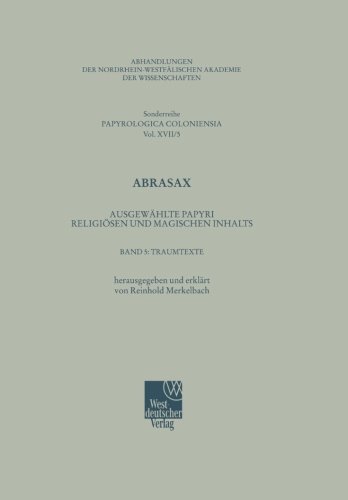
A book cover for Traumtexte (Abhandlungen der Nordrhein-WestfÃ¤lischen Akademie der Wissenschaften) (German Edition); Reinhold Merkelbach; History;